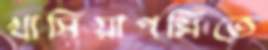
খাসিয়াপল্লিতে